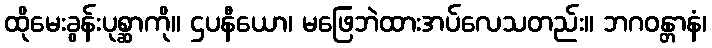
ထိုမေးခွန်းပုစ္ဆာကို။ ဌပနီယော၊ မဖြေဘဲထားအပ်လေသတည်း။ ဘဂဝန္တာနံ၊